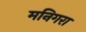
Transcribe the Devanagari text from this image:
मनिगरा